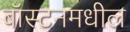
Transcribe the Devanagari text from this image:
बॉस्टनमधील